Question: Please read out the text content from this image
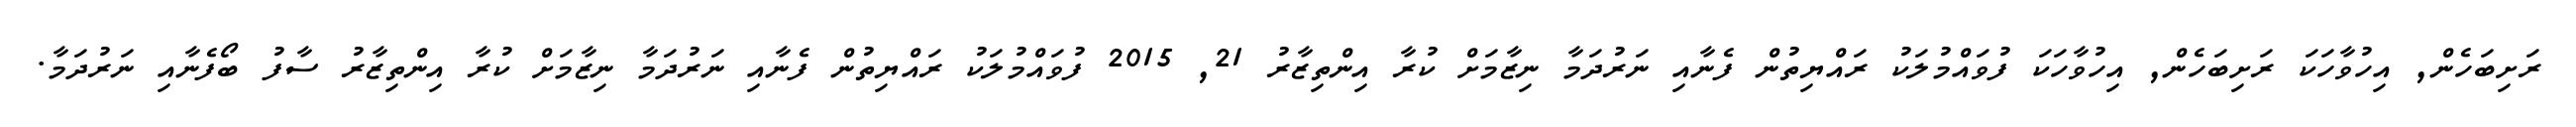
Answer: ރަށިބަހެން, އިހުވާހަކަ ރަށިބަހެން, އިހުވާހަކަ ފުވައްމުލަކު ރައްޔިތުން ފެނާއި ނަރުދަމާ ނިޒާމަށް ކުރާ އިންތިޒާރު 21, 2015 ފުވައްމުލަކު ރައްޔިތުން ފެނާއި ނަރުދަމާ ނިޒާމަށް ކުރާ އިންތިޒާރު ސާފު ބޯފެނާއި ނަރުދަމާ.